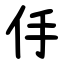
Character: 㐿